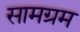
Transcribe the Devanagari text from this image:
सामग्रम